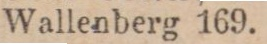
Wallenberg 169.